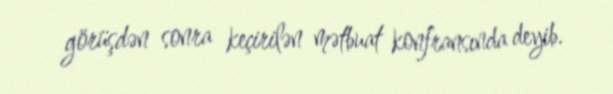
görüşdən sonra keçirilən mətbuat konfransında deyib.